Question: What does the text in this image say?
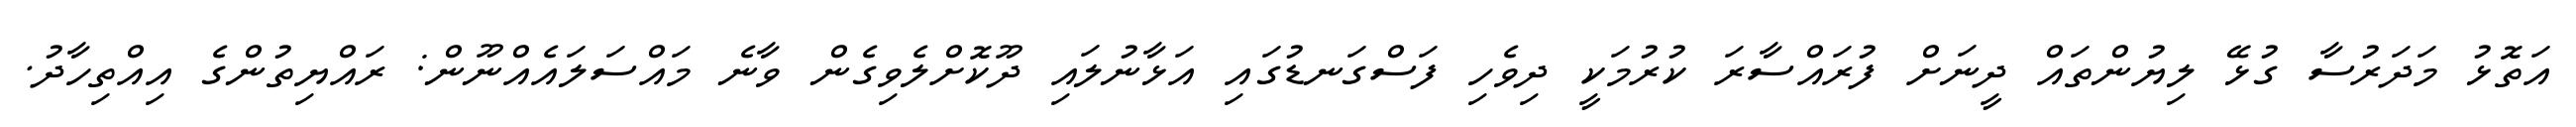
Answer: އަތޮޅު މަދަރުސާ ގުޅޭ ލިޔުންތައް ދީނަށް ފުރައްސާރަ ކުރުމަކީ ދިވެހި ފަސްގަނޑުގައި އަޅާނުލައި ދޫކޮށްލެވިގެން ވާނެ މައްސަލައެއްނޫން: ރައްޔިތުންގެ އިއްތިހާދު.